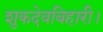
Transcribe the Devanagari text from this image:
शुकदेवबिहारी।